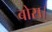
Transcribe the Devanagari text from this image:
बोस।